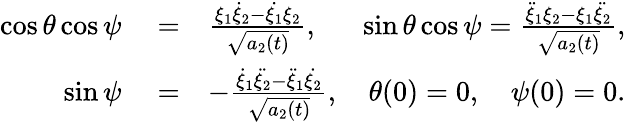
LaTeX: \begin{array}{rlr}{\cos{\theta}\cos{\psi}}&{{}=}&{\frac{\xi_{1}\dot{\xi}_{2}-\dot{\xi_{1}}\xi_{2}}{\sqrt{a_{2}(t)}},\quad\; \; \sin{\theta}\cos{\psi}=\frac{\ddot{\xi}_{1}\xi_{2}-\xi_{1}\ddot{\xi_{2}}}{\sqrt{a_{2}(t)}},}\\ {\sin{\psi}}&{{}=}&{-\frac{\dot{\xi}_{1}\ddot{\xi_{2}}-\ddot{\xi}_{1}\dot{\xi_{2}}}{\sqrt{a_{2}(t)}},\quad\theta(0)=0,\quad\psi(0)=0.}\end{array}